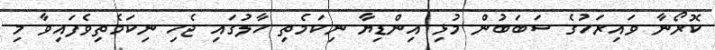
ކޮރޯނާ ވައިރަހުގެ ސަބަބުން މުޅި އިންޑިޔާ ނިކަމެތި ހާލުގައި ޖެހި ނިކަމެތިވެފައިވާ މި